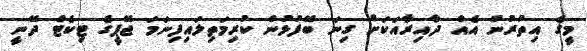
މީގެ އިތުރުން އެއް ދާއިރާއަކަށް ގިނަ ބޭފުޅުން ކުރިމަތިލައިފިނަމަ ޖޭޕީގެ ޓިކެޓް ދޭނީ